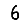
Digit: 6